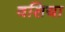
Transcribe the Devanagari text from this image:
वसिया